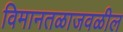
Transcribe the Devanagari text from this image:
विमानतळाजवळील